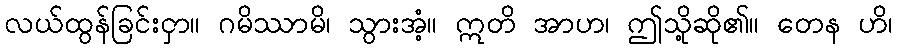
လယ်ထွန်ခြင်းငှာ။ ဂမိဿာမိ၊ သွားအံ့။ ဣတိ အာဟ၊ ဤသို့ဆို၏။ တေန ဟိ၊